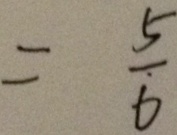
= \frac { 5 } { 6 }